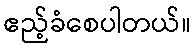
ဧည့်ခံစေပါတယ်။